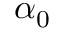
\alpha _ { 0 }